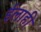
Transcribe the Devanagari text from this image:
ईलाही